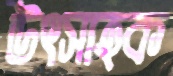
উৎসাহক